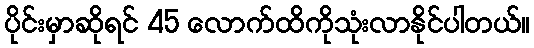
ပိုင်းမှာဆိုရင် 45 လောက်ထိကိုသုံးလာနိုင်ပါတယ်။